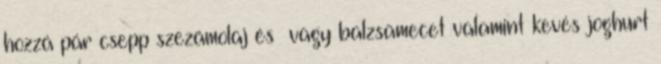
hozzá pár csepp szezámolaj és vagy balzsamecet valamint kevés joghurt